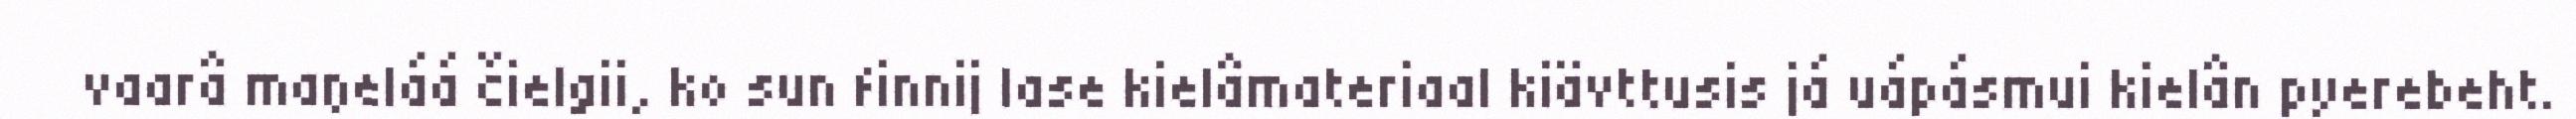
vaarâ maŋeláá čielgii, ko sun finnij lase kielâmateriaal kiävttusis já uápásmui kielân pyerebeht.